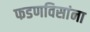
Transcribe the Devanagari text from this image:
फडणविसांना